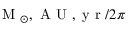
\textup { M } _ { \odot } , \mathrm { ~ A ~ U ~ } , \mathrm { ~ y ~ r ~ } / 2 \pi